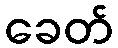
ခေတ်